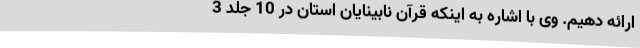
ارائه دهیم. وی با اشاره به اینکه قرآن نابینایان استان در 10 جلد 3